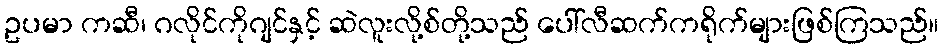
ဥပမာ ကဆီ၊ ဂလိုင်ကိုဂျင်နှင့် ဆဲလူးလို့စ်တို့သည် ပေါ်လီဆက်ကရိုက်များဖြစ်ကြသည်။